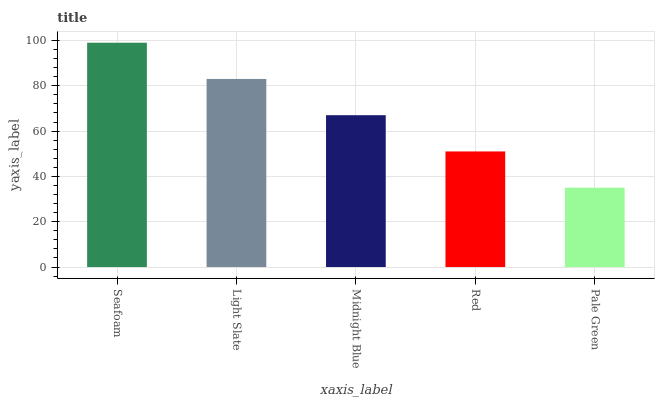
| xaxis_label | bars |
 | --- | --- |
 | Seafoam | 99 |
 | Light Slate | 83 |
 | Midnight Blue | 67 |
 | Red | 51 |
 | Pale Green | 35 |